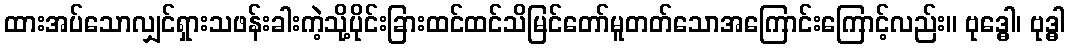
ထားအပ်သောလျှင်ရှားသဖန်းခါးကဲ့သို့ပိုင်းခြားထင်ထင်သိမြင်တော်မူတတ်သောအကြောင်းကြောင့်လည်း။ ဗုဒ္ဓေါ၊ ဗုဒ္ဓါ